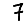
Digit: 7